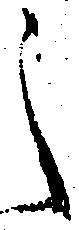
之